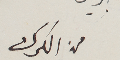
من الكرك